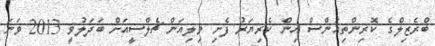
ބްރެޒިލްގެ ކޮރިންތިއަންސް އިން ކެރިޔަރު ފެށި ވިލިއަން ޗެލްސީއަށް ބަދަލުވީ 2013 ވަނަ